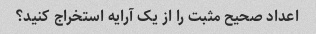
اعداد صحیح مثبت را از یک آرایه استخراج کنید؟